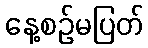
နေ့စဉ်မပြတ်